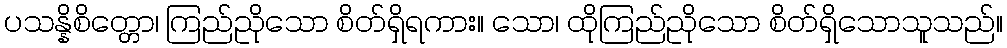
ပသန္နိစိတ္တော၊ ကြည်ညိုသော စိတ်ရှိရကား။ သော၊ ထိုကြည်ညိုသော စိတ်ရှိသောသူသည်။